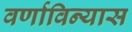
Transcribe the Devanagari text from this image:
वर्णाविन्यास